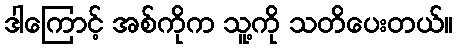
ဒါကြောင့် အစ်ကိုက သူ့ကို သတိပေးတယ်။